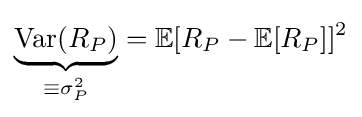
\underbrace {{\text{Var}}(R_{P})} _{\equiv \sigma _{P}^{2}}=\mathbb {E} [R_{P}-\mathbb {E} [R_{P}]]^{2}